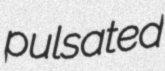
pulsated